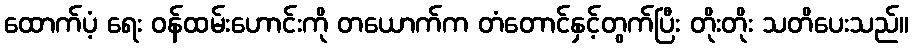
ထောက်ပံ့ ရေး ဝန်ထမ်းဟောင်းကို တယောက်က တံတောင်နှင့်တွက်ပြီး တိုးတိုး သတိပေးသည်။